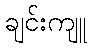
ချင်းကျူ